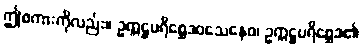
ဤစကားကိုလည်း။ ဥက္ကဋ္ဌပရိစ္ဆေဒဝသေနေဝ၊ ဥက္ကဋ္ဌပရိစ္ဆေဒ၏